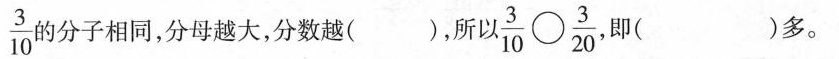
\frac{3} {10}的分子相同，分母越大，分数越（ ），所以\frac{3} {10}\circ\frac{3} {20}既（ ）多。